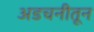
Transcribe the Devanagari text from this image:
अडचनीतून